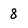
Character: 8